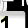
Digit: 1